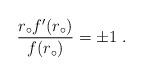
LaTeX: \begin{align*} \frac{r_\circ f^\prime (r_\circ)}{f(r_\circ)} = \pm 1 \ .\end{align*}